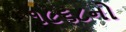
૧૯૬૮નો